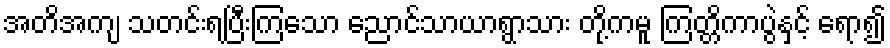
အတိအကျ သတင်းရပြီးကြသော ညောင်သာယာရွာသား တို့ကမူ ကြတ္တိကာပွဲနှင့် ရော၍